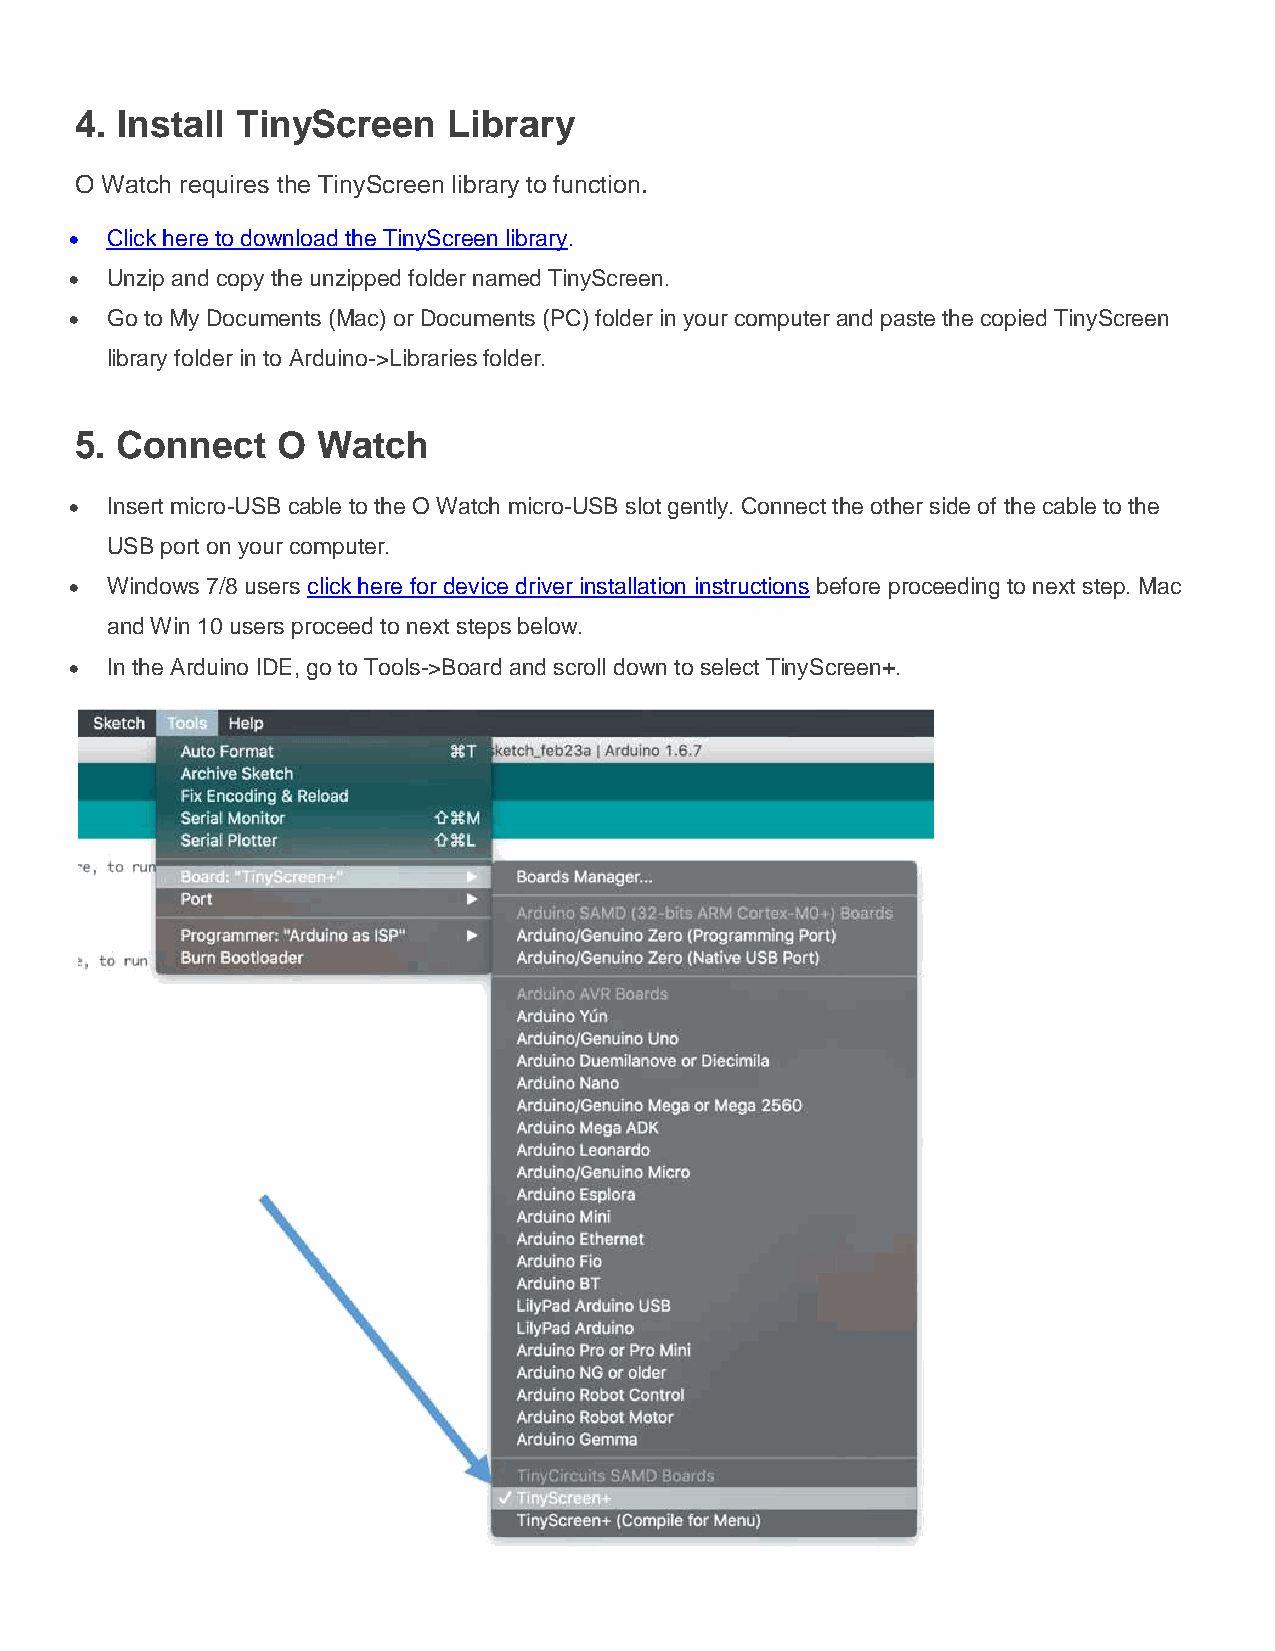
4. Install TinyScreen    Library
 O Watch requires the TinyScreen library to function.
  Click here to download the TinyScreen library.
  Unzip and copy the unzipped folder named TinyScreen.
  Go to My Documents (Mac) or Documents (PC) folder in your computer and paste the copied TinyScreen
 library folder in to Arduino->Libraries folder.
 5. Connect   O  Watch
  Insert micro-USB cable to the O Watch micro-USB slot gently. Connect the other side of the cable to the
 USB port on your computer.
  Windows 7/8 users click here for device driver installation instructions before proceeding to next step. Mac
 and Win 10 users proceed to next steps below.
  In the Arduino IDE, go to Tools->Board and scroll down to select TinyScreen+.